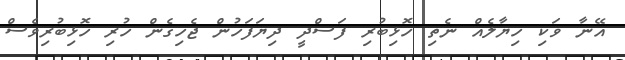
އޭނާ ވަކި ހިޔާލެއް ނެތި ހޮޅިބުރި ފަސްދީ ދިޔަފަހުން ޖެހިގެން ހުރި ހޮޅިބުރިވެސް